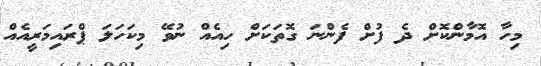
މިހާ އޮމާންކޮށް ދެ ފުށް ފެންނަ ގޮތަކަށް ހިއެއް ނުވޭ މިކަހަލަ ޕްރައިމަރީއެއް